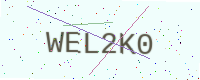
Text: WEL2K0